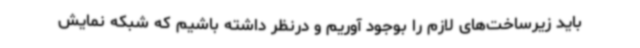
باید زیرساخت‌های لازم را بوجود آوریم و درنظر داشته باشیم که شبکه نمایش